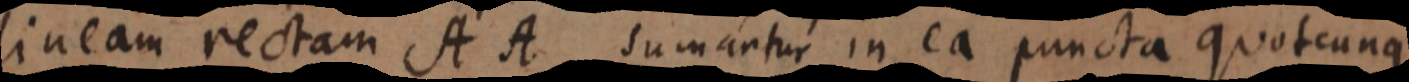
lineam rectam A A sumantur in ea puncta quotcunque